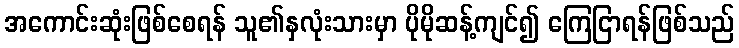
အကောင်းဆုံးဖြစ်စေရန် သူ၏နှလုံးသားမှာ ပိုမိုဆန့်ကျင်၍ ကြေငြာရန်ဖြစ်သည်